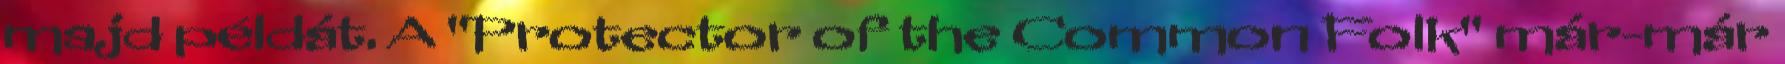
majd példát. A "Protector of the Common Folk" már-már